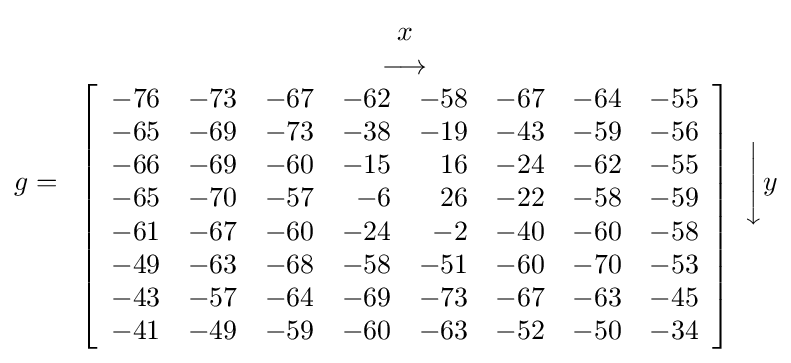
g={\begin{array}{c}x\\\longrightarrow \\\left[{\begin{array}{rrrrrrrr}-76&-73&-67&-62&-58&-67&-64&-55\\-65&-69&-73&-38&-19&-43&-59&-56\\-66&-69&-60&-15&16&-24&-62&-55\\-65&-70&-57&-6&26&-22&-58&-59\\-61&-67&-60&-24&-2&-40&-60&-58\\-49&-63&-68&-58&-51&-60&-70&-53\\-43&-57&-64&-69&-73&-67&-63&-45\\-41&-49&-59&-60&-63&-52&-50&-34\end{array}}\right]\end{array}}{\Bigg \downarrow }y